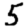
Digit: 5